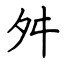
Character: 舛